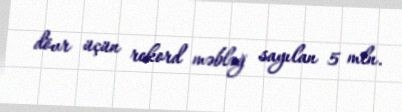
dövr üçün rekord məbləğ sayılan 5 mln.